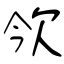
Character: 欦